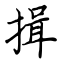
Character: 揖